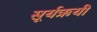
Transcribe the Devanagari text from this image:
सूर्यऋयी